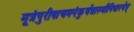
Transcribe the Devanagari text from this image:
मूत्रंपुरीषाचमनंकुर्वन्नास्थीनिधारयेत्